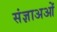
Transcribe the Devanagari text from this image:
संज्ञाअओं